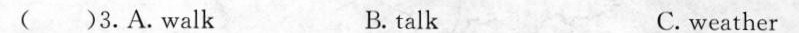
( )3.A.walk B. talk C. weather